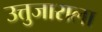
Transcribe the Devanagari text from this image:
उत्तुजाराला